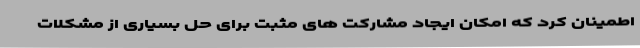
اطمینان کرد که امکان ایجاد مشارکت های مثبت برای حل بسیاری از مشکلات